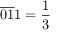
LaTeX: { \overline { { 0 1 } } } 1 = { \frac { 1 } { 3 } }